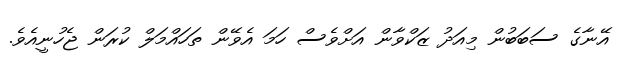
އޭނާގެ ސަބަބުން މިއަދު ޒަކްވާން އަށްވެސް ހަމަ އެވޭން ތަހައްމަލް ކުރަން ޖެހުނީއެވެ.